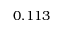
0 . 1 1 3